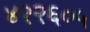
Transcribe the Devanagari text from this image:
४२२६०५